Papers set at the Examination for Leaving Certificates, 1895
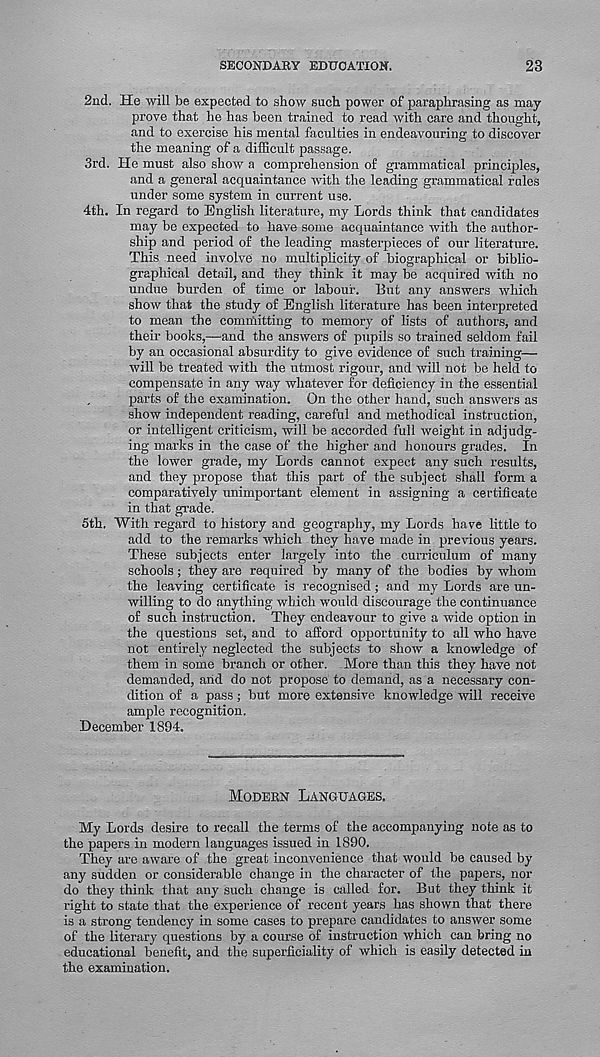
SECONDARY EDUCATION.
23
2nd. He will be expected to show such power of paraphrasing as may
prove that he has been trained to read with care and thought,
and to exercise his mental faculties in endeavouring to discover
the meaning of a difficult passage.
3rd. He must also show a comprehension of grammatical principles,
and a general acquaintance with the leading grammatical rules
under some system in current use.
4th. In regard to English literature, my Lords think that candidates
may be expected to have some acquaintance with the author-
ship and period of the leading masterpieces of our literature.
This need involve no multiplicity of biographical or biblio-
graphical detail, and they think it may be acquired with no
undue burden of time or labour. But any answers which
show that the study of English literature has been interpreted
to mean the committing to memory of lists of authors, and
their books,—and the answers of pupils so trained seldom fail
by an occasional absurdity to give evidence of such training—
will be treated with the utmost rigour, and will not be held to
compensate in any way whatever for deficiency in the essential
parts of the examination. On the other hand, such answers as
show independent reading, careful and methodical instruction,
or intelligent criticism, will be accorded full weight in adjudg-
ing marks in the case of the higher and honours grades. In
the lower grade, my Lords cannot expect any such results,
and they propose that this part of the subject shall form a
comparatively unimportant element in assigning a certificate
in that grade.
5th. With regard to history and geography, my Lords have little to
add to the remarks which they have made in previous years.
These subjects enter largely into the curriculum of many
schools; they are required by many of the bodies by whom
the leaving certificate is recognised; and my Lords are un-
willing to do anything which would discourage the continuance
of such instruction. They endeavour to give a wide option in
the questions set, and to afford opportunity to all who have
not entirely neglected the subjects to show a knowledge of
them in some branch or other. More than this they have not
demanded, arid do not propose to demand, as a necessary con-
dition of a pass; but more extensive knowledge will receive
ample recognition.
December 1894.
MODERN LANGUAGES.
My Lords desire to recall the terms of the accompanying note as to
the papers in modern languages issued in 1890.
They are aware of the great inconvenience that would be caused by
any sudden or considerable change in the character of the papers, nor
do they think that any such change is called for. But they think it
right to state that the experience of recent years has shown that there
is a strong tendency in some cases to prepare candidates to answer some
of the literary questions by a course of instruction which can bring no
educational benefit, and the superficiality of which is easily detected in
the examination.